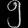
Digit: ၅